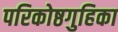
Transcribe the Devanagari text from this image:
परिकोष्ठगुहिका